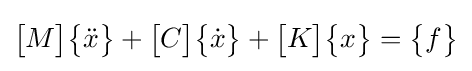
{\begin{bmatrix}M\end{bmatrix}}{\begin{Bmatrix}{\ddot {x}}\end{Bmatrix}}+{\begin{bmatrix}C\end{bmatrix}}{\begin{Bmatrix}{\dot {x}}\end{Bmatrix}}+{\begin{bmatrix}K\end{bmatrix}}{\begin{Bmatrix}x\end{Bmatrix}}={\begin{Bmatrix}f\end{Bmatrix}}